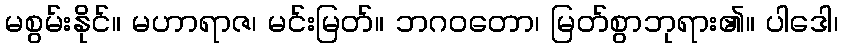
မစွမ်းနိုင်။ မဟာရာဇ၊ မင်းမြတ်။ ဘဂဝတော၊ မြတ်စွာဘုရား၏။ ပါဒေါ၊